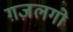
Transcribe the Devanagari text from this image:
ग़ज़लगो